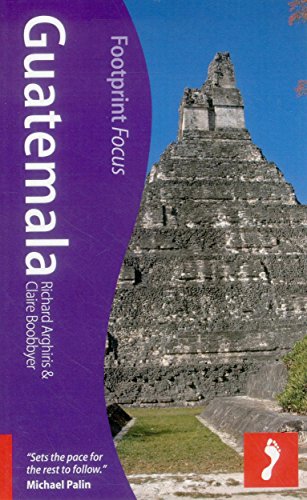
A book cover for Guatemala (Footprint Focus); Richard Arghiris; Travel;